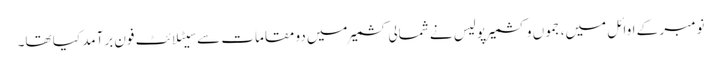
نومبر کے اوائل میں، جموں و کشمیر پولیس نے شمالی کشمیر میں دو مقامات سے سیٹلائٹ فون برآمد کیا تھا۔